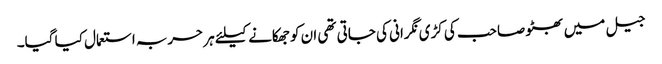
جیل میں بھٹو صاحب کی کڑی نگرانی کی جاتی تھی ان کو جھکانے کیلئے ہر حربہ استعمال کیا گیا۔